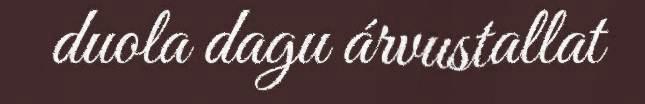
duola dagu árvustallat